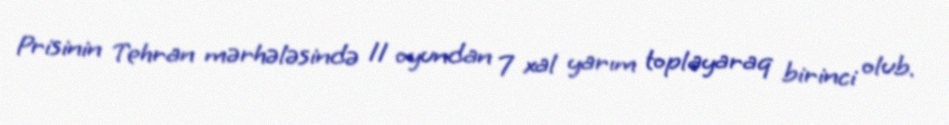
Prisinin Tehran mərhələsində 11 oyundan 7 xal yarım toplayaraq birinci olub.